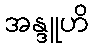
အန္ဒူဟိ